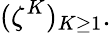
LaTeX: (\zeta^{K})_{K\geq 1}.